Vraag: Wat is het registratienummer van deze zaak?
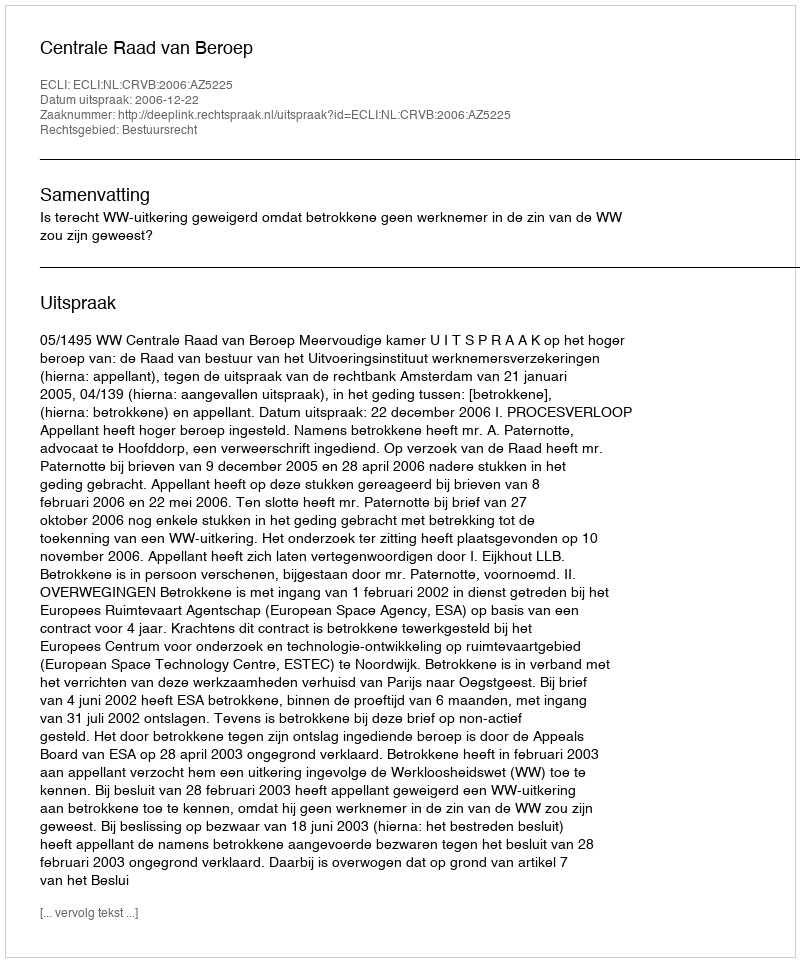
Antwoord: http://deeplink.rechtspraak.nl/uitspraak?id=ECLI:NL:CRVB:2006:AZ5225